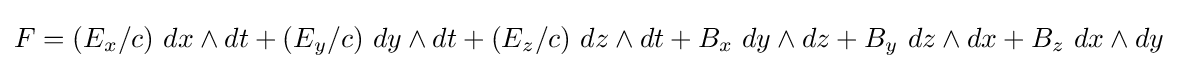
F=(E_{x}/c)\ dx\wedge dt+(E_{y}/c)\ dy\wedge dt+(E_{z}/c)\ dz\wedge dt+B_{x}\ dy\wedge dz+B_{y}\ dz\wedge dx+B_{z}\ dx\wedge dy